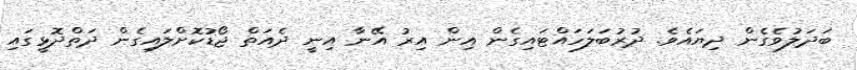
ބަދަލުވެގެން ދިޔައެވެ. ދުރުބަލަހައްޓައިގެން އިން އިރު އޭނާ އިނީ ދެއަތް ޖޯޑުކޮށްލައިގެން ދަތްދޮޅީގައި